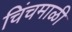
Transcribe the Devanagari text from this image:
चिंचमाळी